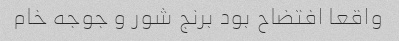
واقعا افتضاح بود برنج شور و جوجه خام